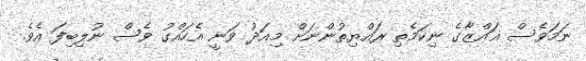
ނަމަވެސް ޣައްޒާގެ ނިކަމެތި ރައްޔިތުންނަށް މިއަދު ވަނީ އެހައްގު ވެސް ނުލިބިފަ އެވެ.